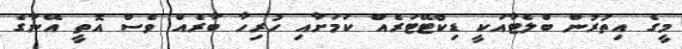
މީގެ އިތުރުން ބްލެޓާއަކީ ޑިކްޓޭޓަރެއް ކަމަށާއި ހުރިހާ ބާރެއް ވެސް އޮތީ އޭނާގެ